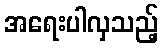
အရေးပါလှသည့်